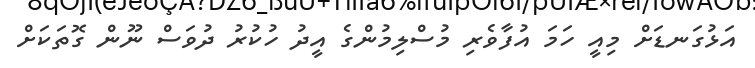
އަޅުގަނޑަށް މިއީ ހަމަ އުފާވެރި މުސްލިމުންގެ އީދު ހުކުރު ދުވަސް ނޫން ގޮތަކަށް